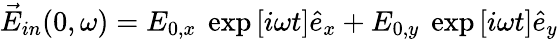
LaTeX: \vec{E}_{in}(0,\omega)=E_{0,x}~\exp\left[i\omega t\right]\hat{e}_{x}+E_{0,y}~\exp\left[i\omega t\right]\hat{e}_{y}